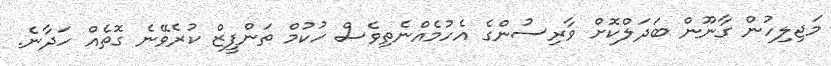
މަޖިލިހުން ގާނޫން ބަދަލްކޮށް ވާރިސުންގެ އެހުމެއްނެތިވެސް ހުކުމް ތަންފީޒް ކުރެވޭނެ ގޮތެއް ހަދާނެ.